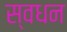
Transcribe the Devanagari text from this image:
स्वधन